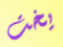
يخت